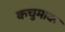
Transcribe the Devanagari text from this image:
कचुमाक